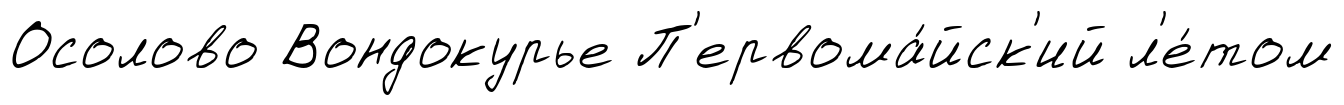
Осолово Вондокурье П'ервома́йск'ий л'е́том